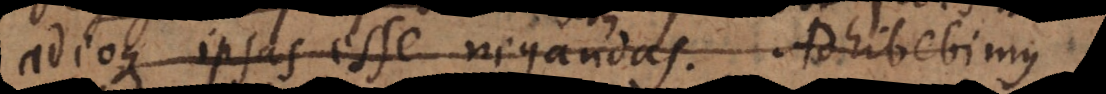
adeoque ipsas esse negandas. Adhibebimus